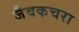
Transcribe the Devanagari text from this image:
जैवकचरा